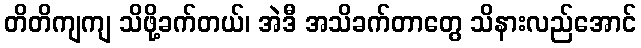
တိတိကျကျ သိဖို့ခက်တယ်၊ အဲဒီ အသိခက်တာတွေ သိနားလည်အောင်